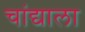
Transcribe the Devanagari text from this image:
चांद्याला